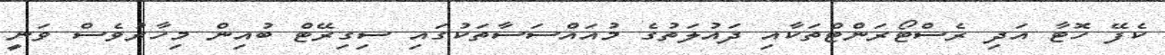
ކެފޭ ހޮޓާ އަދި ރެސްޓޯރަންޓްތަކާއި ދައުލަތުގެ މުއައްސަސާތަކުގައި ސިގިރޭޓް ބުއިން މިހާރުވެސް ވަނީ